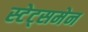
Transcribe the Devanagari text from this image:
स्‍टेट्समेन